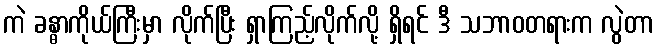
ကဲ ခန္ဓာကိုယ်ကြီးမှာ လိုက်ပြီး ရှာကြည့်လိုက်လို့ ရှိရင် ဒီ သဘာဝတရားက လွဲတာ